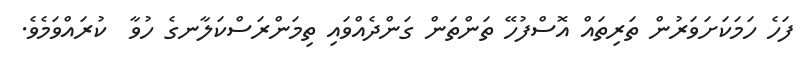
ފަހެ ހަމަކަށަވަރުން ތަރިތައް އޮސްފުހޭ ތަންތަން ގަންދެއްވައި ތިމަންރަސްކަލާނގެ ހުވާ  ކުރައްވަމެވެ.